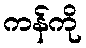
ကန်ကို